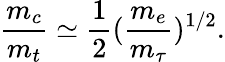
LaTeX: \frac{m_{c}}{m_{t}}\simeq\frac{1}{2}(\frac{m_{e}}{m_{\tau}})^{1/2}.